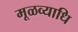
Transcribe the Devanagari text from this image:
मूळव्याधि